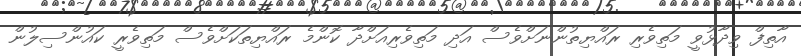
އާތިފް ވިދާޅުވީ މަތިވެރި ރައްޔިތުންނަށްވެސް އަދި މަތިވެރިއަށްދާ ކޮންމެ ރައްޔިތަކަށްވެސް މަތިވެރީ ކައުންސިލުން